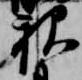
親